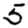
Digit: 5